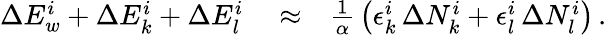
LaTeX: \begin{array}{rlr}{\Delta E_{w}^{i}+\Delta E_{k}^{i}+\Delta E_{l}^{i}}&{{}\approx}&{\frac{1}{\alpha}\, \left(\epsilon_{k}^{i}\, \Delta N_{k}^{i}+\epsilon_{l}^{i}\, \Delta N_{l}^{i}\right)\, .}\end{array}